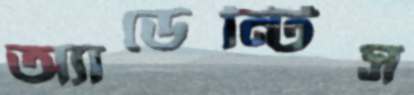
অ্যাডেন্টিস